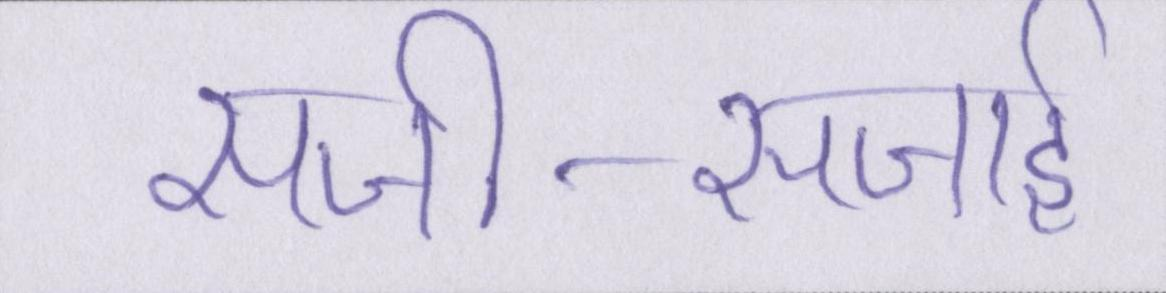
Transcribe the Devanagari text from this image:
सजी-सजाई